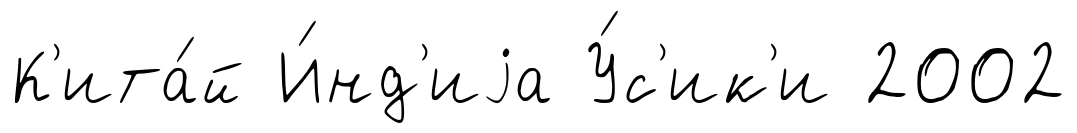
К'ита́й И́нд'иjа У́с'ик'и 2002